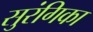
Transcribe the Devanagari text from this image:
सुरंगिका